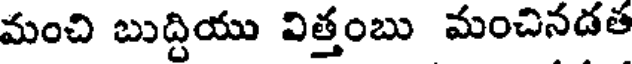
మంచి బుద్దియు విత్తంబు మంచినడత